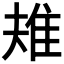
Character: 𨾚